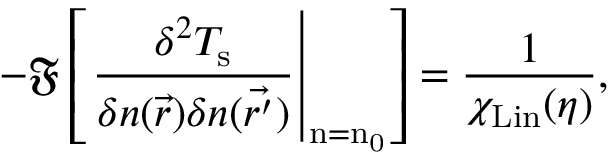
- \mathfrak { F } \left[ \left. \frac { \delta ^ { 2 } T _ { \mathrm { s } } } { \delta n ( \vec { r } ) \delta n ( \vec { r ^ { \prime } } ) } \right| _ { \mathrm { n = n _ { 0 } } } \right] = \frac { 1 } { \chi _ { \mathrm { L i n } } ( \eta ) } ,